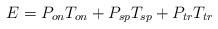
LaTeX: \begin{align*} E = P_{on}T_{on} + P_{sp}T_{sp} + P_{tr}T_{tr}\end{align*}